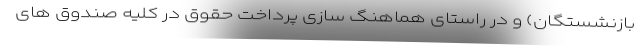
بازنشستگان) و در راستای هماهنگ سازی پرداخت حقوق در کلیه صندوق های